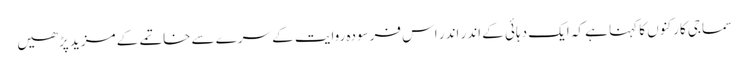
سماجی کارکنوں کا کہنا ہے کہ ایک دہائی کے اندر اندر اس فرسودہ روایت کے سرے سے خاتمے کے مزید پڑھیں